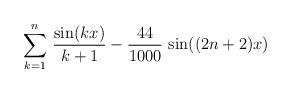
LaTeX: \begin{align*} \sum_{k=1}^{n} \,\frac{\sin(kx)}{k+1} - \frac{44}{1000} \,\sin((2n+2)x) \end{align*}